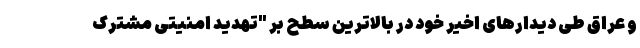
و عراق طی دیدارهای اخیر خود در بالاترین سطح بر "تهدید امنیتی مشترک